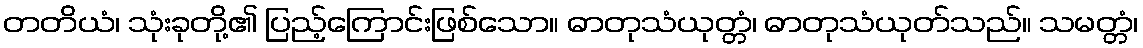
တတိယံ၊ သုံးခုတို့၏ ပြည့်ကြောင်းဖြစ်သော။ ဓာတုသံယုတ္တံ၊ ဓာတုသံယုတ်သည်။ သမတ္တံ၊